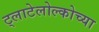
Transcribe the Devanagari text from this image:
ट्लाटेलोल्कोच्या